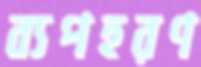
ব্যপহরণ